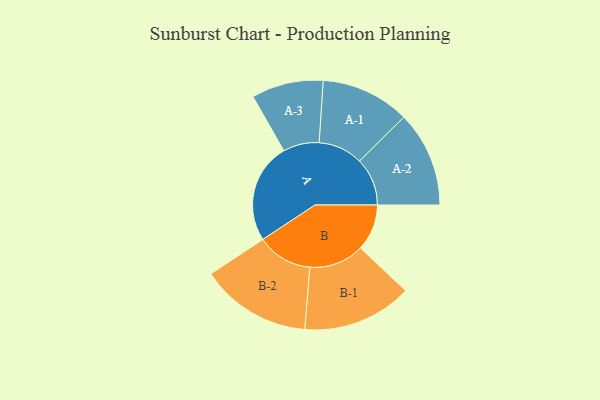
{"axis": {"x": "Segment", "y": "Value"}, "legend": ["", "A", "B"], "data": [{"x": "A", "y": 354, "type": ""}, {"x": "B", "y": 164, "type": ""}, {"x": "A-1", "y": 157, "type": "A"}, {"x": "A-2", "y": 169, "type": "A"}, {"x": "A-3", "y": 127, "type": "A"}, {"x": "B-1", "y": 194, "type": "B"}, {"x": "B-2", "y": 196, "type": "B"}]}